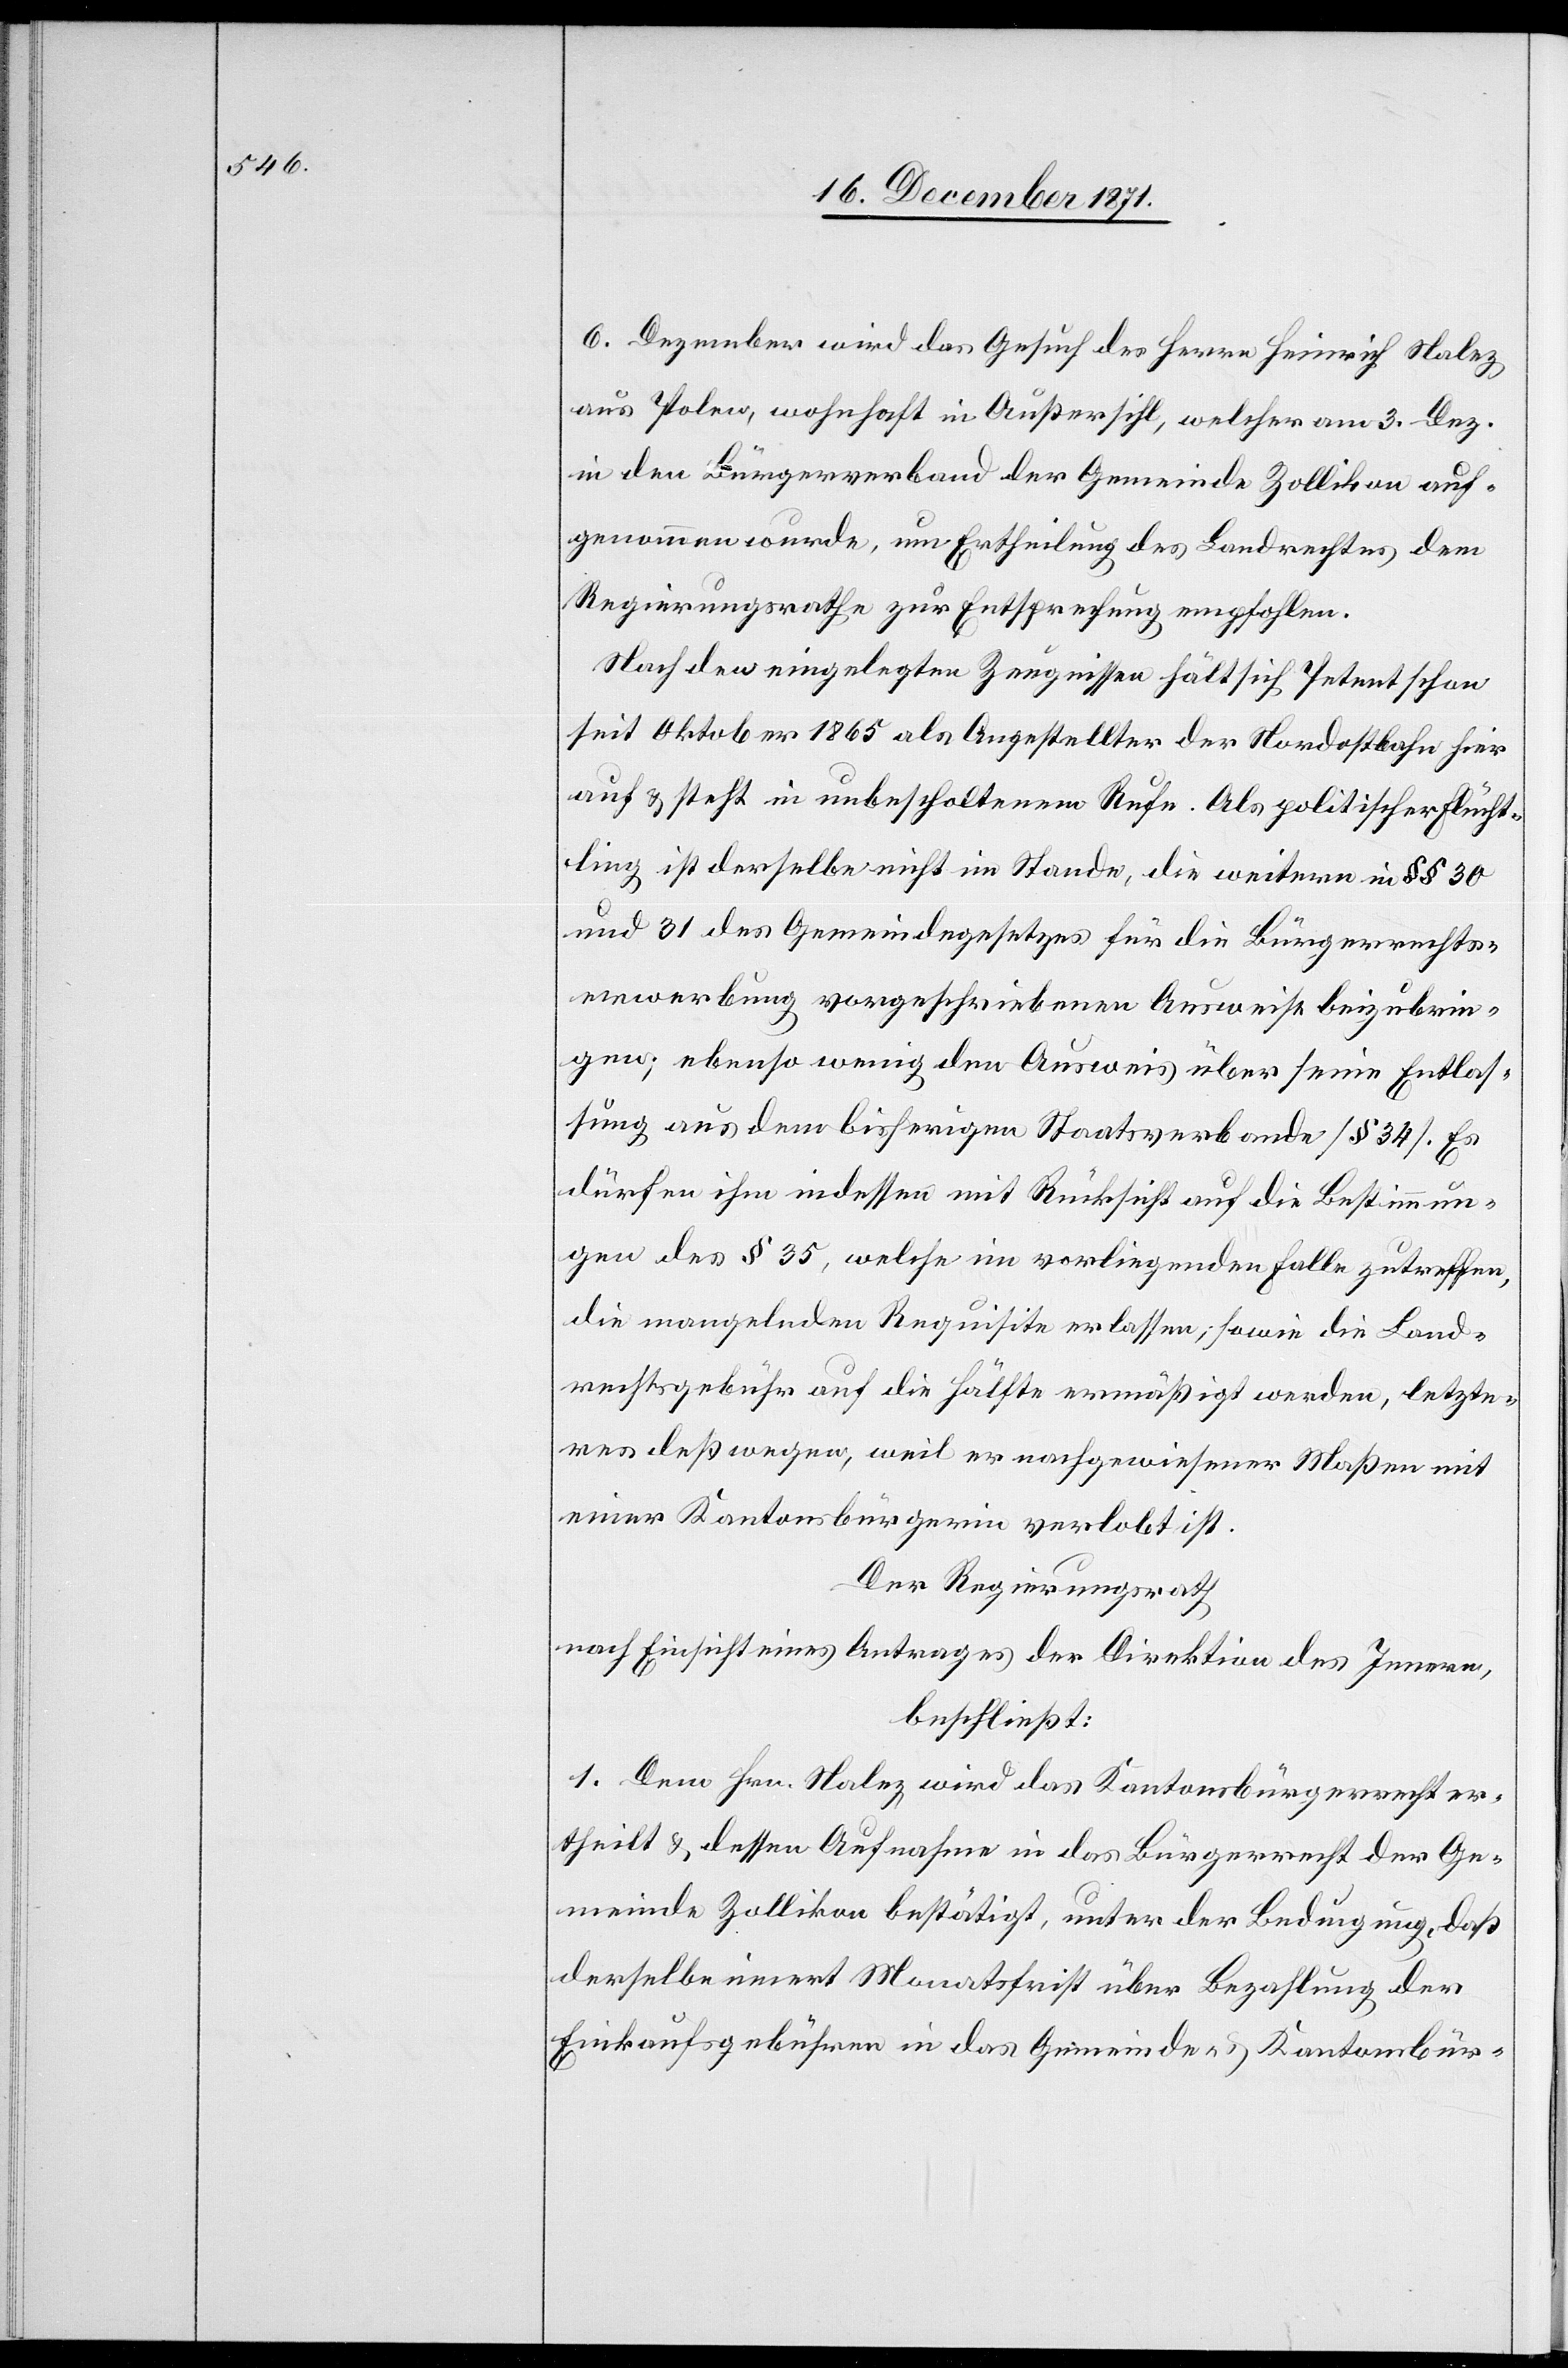
6. Dezember wird das Gesuch des Herrn Heinrich Nalez
aus Polen, wohnhaft in Außersihl, welcher am 3. Dez.
in den Bürgerverband der Gemeinde Zollikon auf¬
genommen wurde, um Ertheilung des Landrechtes dem
Regierungsrathe zur Entsprechung empfohlen.
Nach den eingelegten Zeugnissen hält sich Petent schon
seit Oktober 1865 als Angestellter der Nordostbahn hier
auf & steht in unbescholtenem Rufe. Als politischer Flücht¬
ling ist derselbe nicht im Stande, die weitern in §§ 30
und 31 des Gemeindegesetzes für die Bürgerrechts¬
erwerbung vorgeschriebenen Ausweise beizubrin¬
gen; ebenso wenig den Ausweis über seine Entlas¬
sung aus dem bisherigen Staatsverbande [§ 34]. Es
dürfen ihm indessen mit Rücksicht auf die Bestimmun¬
gen des § 35, welche im vorliegenden Falle zutreffen,
die mangelnden Requisite erlassen; sowie die Land¬
rechtsgebühr auf die Hälfte ermäßigt werden, letze¬
res deßwegen, weil er nachgewiesener Maßen mit
einer Kantonsbürgerin verlobt ist.
Der Regierungsrath
nach Einsicht eines Antrages der Direktion des Innern,
beschließt:
1. Dem Hrn. Nalez wird das Kantonsbürgerrecht er¬
theilt & dessen Aufnahme in das Bürgerrecht der Ge¬
meinde Zollikon bestätigt, unter der Bedingung, daß
derselbe innert Monatsfrist über Bezahlung der
Einkaufsgebühren in das Gemeinde- und Kantonsbür-